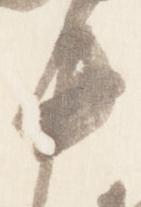
中